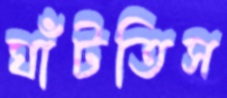
ঘাঁটতিস